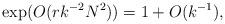
LaTeX: \begin{align*} \exp(O(r k^{-2} N^2)) = 1 + O(k^{-1}), \end{align*}